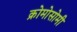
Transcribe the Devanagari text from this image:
क्रोमोसोमी